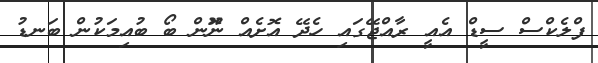
ފްލެކްސް ސީޑް އެއީ ރާއްޖޭގައި ހެދޭ އޮށެއް ނޮޫން ބޯ ބުއިމަކުން ބަނޑު